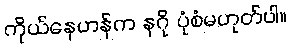
ကိုယ်နေဟန်က နဂို ပုံစံမဟုတ်ပါ။